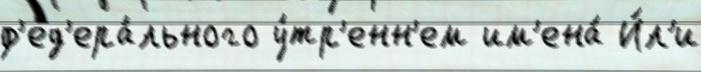
ф'ед'ера́льного у́тр'енн'ем им'ена́ И́л'и